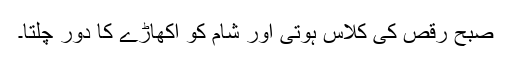
صبح رقص کی کلاس ہوتی اور شام کو اکھاڑے کا دور چلتا۔